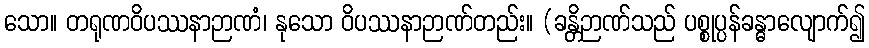
သော။ တရုဏဝိပဿနာဉာဏံ၊ နုသော ဝိပဿနာဉာဏ်တည်း။ (ခန္တိဉာဏ်သည် ပစ္စုပ္ပန်ခန္ဓာလျောက်၍